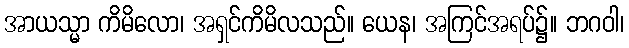
အာယသ္မာ ကိမိလော၊ အရှင်ကိမိလသည်။ ယေန၊ အကြင်အရပ်၌။ ဘဂဝါ၊